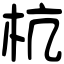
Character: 杭